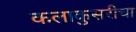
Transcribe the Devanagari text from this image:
कलाकुसरीचा